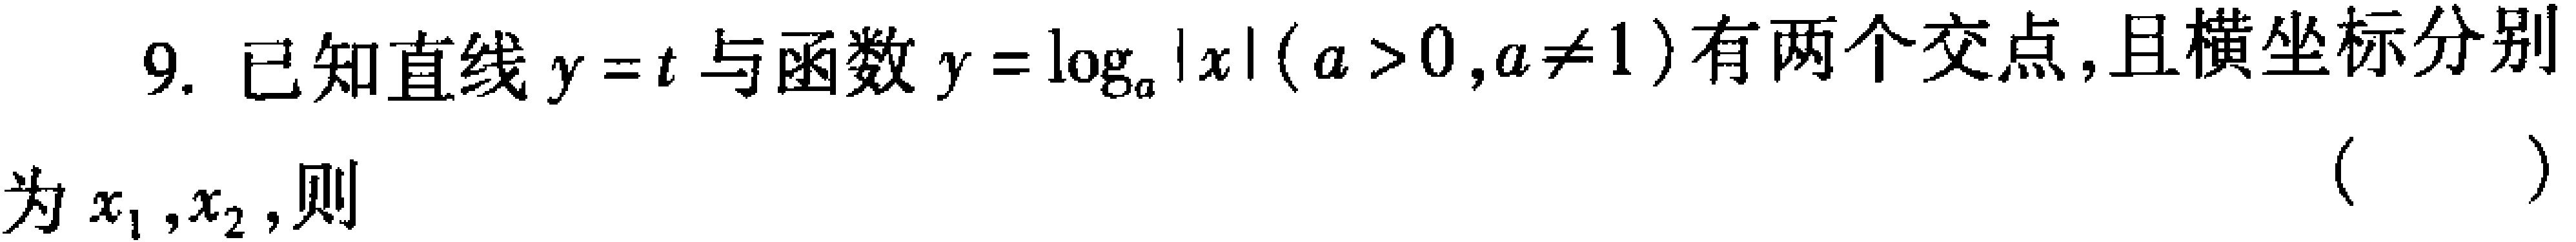
9. 已知直线$y = t$与函数$y=\log_{a}|x|(a > 0,a\neq1)$有两个交点，且横坐标分别
为$x_{1},x_{2}$，则
( )